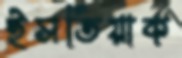
ইসতিয়াক